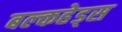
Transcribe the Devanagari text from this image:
बल्‍कहेड्स